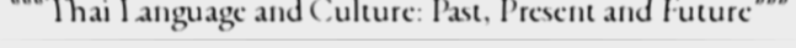
"""Thai Language and Culture: Past, Present and Future"""